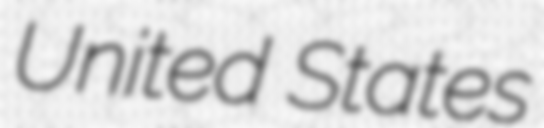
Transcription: United States